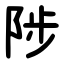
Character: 陟